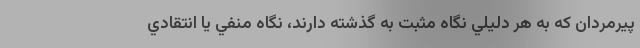
پيرمردان كه به هر دليلي نگاه مثبت به گذشته دارند، نگاه منفي يا انتقادي